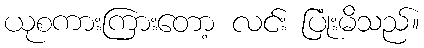
ယုစကားကြားတော့ လင်း ပြုံးမိသည်။